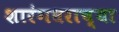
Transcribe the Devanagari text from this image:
शारंगधराच्या